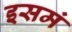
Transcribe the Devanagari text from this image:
इसमं